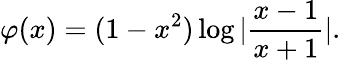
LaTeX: \varphi(x)=(1-x^{2})\log|\frac{x-1}{x+1}|.